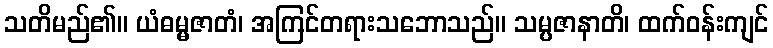
သတိမည်၏။ ယံဓမ္မဇာတံ၊ အကြင်တရားသဘောသည်။ သမ္ပဇာနာတိ၊ ထက်ဝန်းကျင်